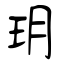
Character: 玥